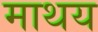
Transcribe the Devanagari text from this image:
माथय